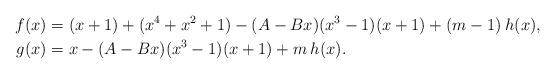
LaTeX: \begin{align*} f(x) & = (x+1) +(x^4+x^2+1)-(A-Bx)(x^3-1)(x+1) + (m-1)\:h(x),\\g(x) & = x -(A-Bx)(x^3-1)(x+1) + m\:h(x).\end{align*}